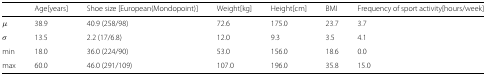
|  | Age[years] | Shoe size [European(Mondopoint)] | Weight[kg] | Height[cm] | BMI | Frequency of sport activity[hours/week] |
 | --- | --- | --- | --- | --- | --- | --- |
 | μ | 38.9 | 40.9 (258/98) | 72.6 | 175.0 | 23.7 | 3.7 |
 | σ | 13.5 | 2.2 (17/6.8) | 12.0 | 9.3 | 3.5 | 4.1 |
 | min | 18.0 | 36.0 (224/90) | 53.0 | 156.0 | 18.6 | 0.0 |
 | max | 60.0 | 46.0 (291/109) | 107.0 | 196.0 | 35.8 | 15.0 |